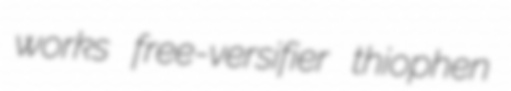
works free-versifier thiophen